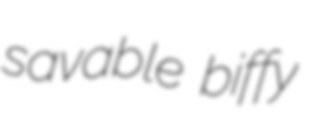
savable biffy